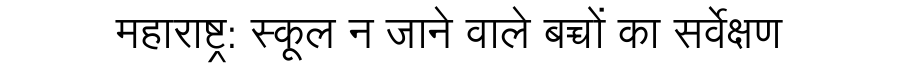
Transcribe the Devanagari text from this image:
महाराष्ट्र: स्कूल न जाने वाले बच्चों का सर्वेक्षण